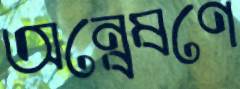
অন্বেষণে